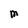
Character: M